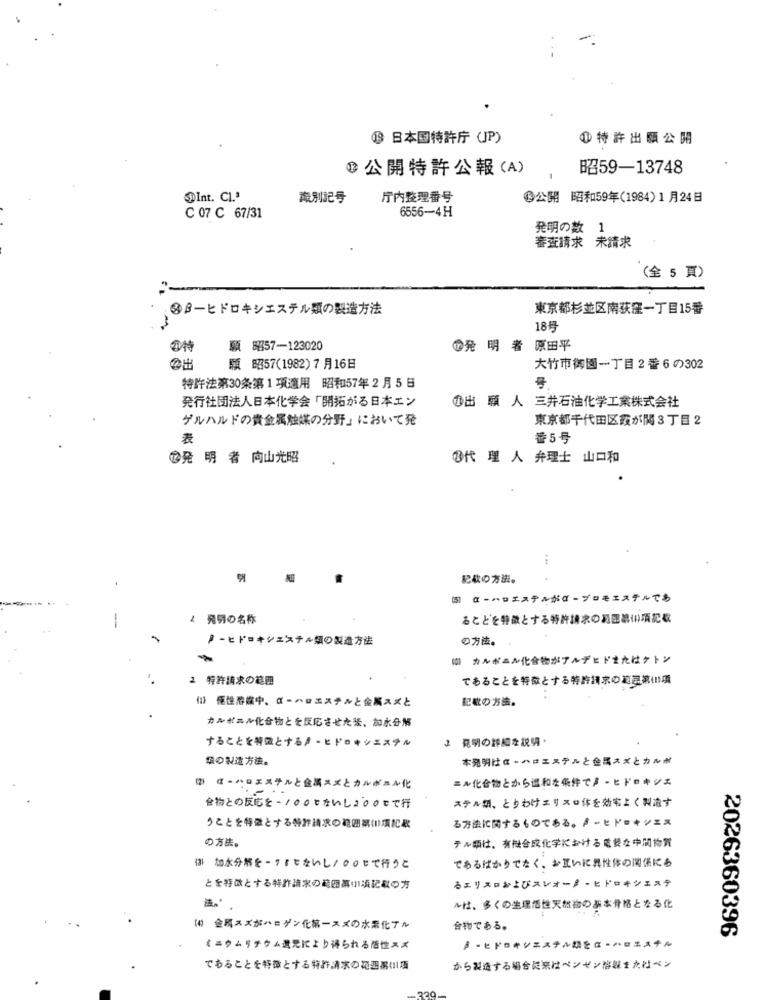
19 日本国特許庁 (JP)
1特許出願公開
@ 公開特許公報(A)
昭59-13748
-
$Int. Cl.ª
酸別記号
厅内整理番号
の公開 昭和59年(1984)1月24日
6556-4H
C 07 C 67/31
発明の数 1
審査請求 未請求
(全 5 頁)
※βーヒドロキシエステル類の製造方法
東京都杉並区南获窪一丁目15番
AA
18号
の特
1出
顧 昭57-123020
1発 明 者 原田平
顧 昭57(1982)7月16日
大竹市御園一丁目2番6の302
特許法第30条第1 項適用 昭和57年2月5日
発行社団法人日本化学会「開拓がる日本エン
の出 願 人 三井石油化学工業株式会社
ゲルハルドの貴金属触媒の分野」において発
東京都千代田区霞が関3丁目2
表
番5号
@発 明 者 向山光昭
B代 理 人 弁理士 山口和
.
記載の方法。
[图] α-ハロエステルがα-プロモエステルでも
1
↓ 発明の名称
るとどを特徴とする特許請求の範囲部い項記載
アーヒドロキシェステル類の製造方法
の方法。
カルボニル化合物がアルデヒドまたはケトン
2 特許請求の範囲
であることを特徴とする特許請求の範囲気は項
份 傷性溶碟中、α-ハロエステルと金属スズと
記載の方法。
カルボニル化合物とを反応させた装、加水分解
することを特徴とする♪·ヒドロキシエステル
2 発明の詳細を説明·
ヨの製造方法。
本発明はは·ハロエステルと金属スズとカルボ
ニル化合物とから選和を条件です·ヒドロキシま
α-ハロエステルと金属ニメとカルボニル化
ステル類、とりわけェリス·体を効率よく製造す
合物との反応を-/ののじないしょ00まで行
る方法に関するものである。βーヒドロキシニス
うことを特徴とする特許請求の範囲気の項によ
の方法。
テル頭は、有機合成化学における電較な中間物質
であるばかりでなく、お互いに異性体の関係にも
は 加水分解を -? 『なないし/○のまで行うこ
るエリス미およびスレォータ ー ヒドロキシエステ
とを特徴とする特許請求の範囲薬小資記載の方
~は、多くの生理活性天然物の基本骨格となる化
10 金属スズがハロゲン化第一スズの水素化ブル
合物である。
2026360396
ミニウムリチウム武見により得られる活性スズ
ア·ヒドロキシエステル類をは·ハロミスチル
であることを特徴とする特許請求の花迎めい項
から製造する場合に来はペンギン溶媒またはベン